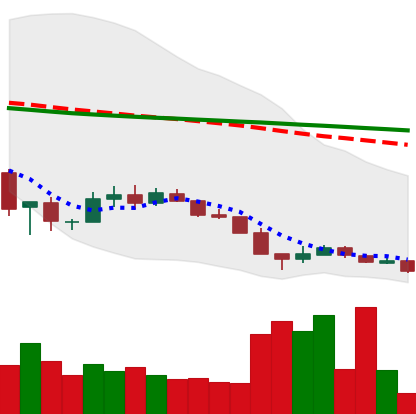
Ticker: XLM-USD
Chart end date: 2018-12-13
Forward return: 8.062%
Label: up_7plus